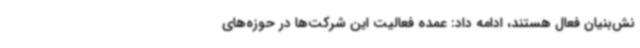
نش‌بنیان فعال هستند، ادامه داد: عمده فعالیت این شرکت‌ها در حوزه‌های